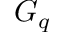
G _ { q }